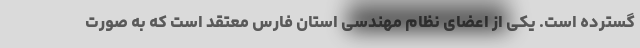
گسترده است. یکی از اعضای نظام مهندسی استان فارس معتقد است که به صورت